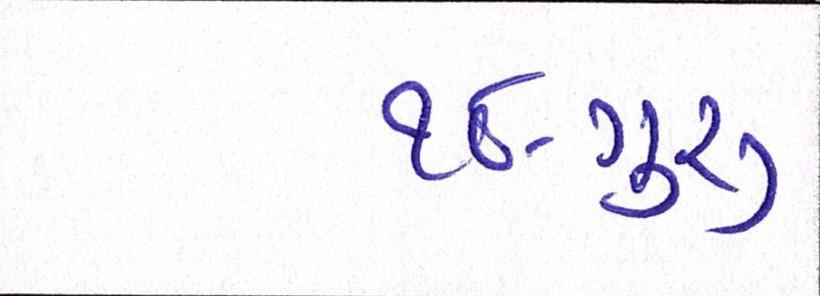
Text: ૧૮-ગુરૂ